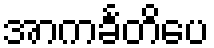
အာကင်္ခတိပေ